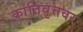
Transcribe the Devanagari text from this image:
क्रांतिवृत्तवर